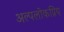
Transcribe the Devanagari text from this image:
अल्पलोकप्रिय